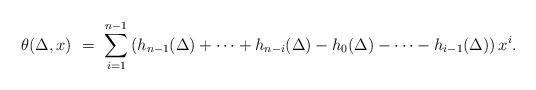
LaTeX: \begin{align*} \theta(\Delta,x) \ = \ \sum_{i=1}^{n-1} \left( h_{n-1}(\Delta) + \cdots + h_{n-i}(\Delta) - h_0(\Delta) - \cdots - h_{i-1}(\Delta) \right) x^i . \end{align*}